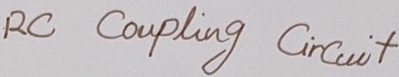
Text: RC Coupling Circuit